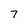
Character: 7